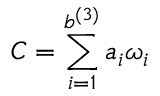
C = \displaystyle \sum _ { i = 1 } ^ { b ^ { ( 3 ) } } a _ { i } \omega _ { i }